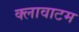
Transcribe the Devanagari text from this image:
क्लावाटम